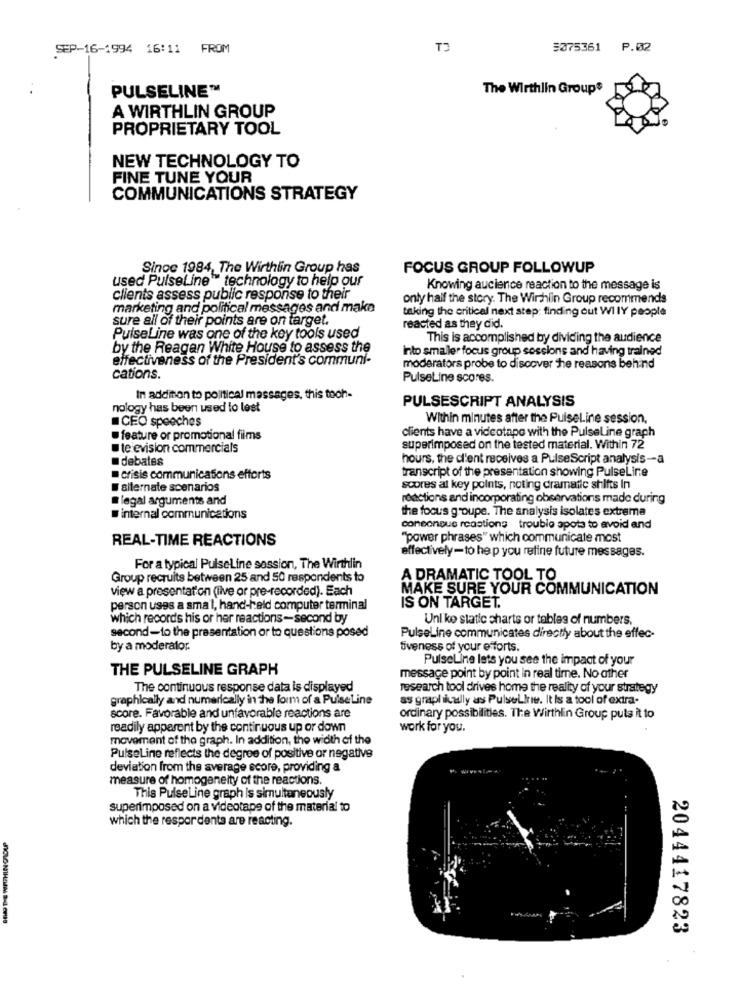
SEP-16-1994 16:11 FROM
5075361 P.02
PULSELINE™
The Wirthlin Group
A WIRTHLIN GROUP
PROPRIETARY TOOL
NEW TECHNOLOGY TO
FINE TUNE YOUR
COMMUNICATIONS STRATEGY
Sinoc 1984, The Wirthlin Group has
FOCUS GROUP FOLLOWUP
used PulseLine" technology to help our
Knowing aucience reaction to the message is
clients assess public response to their
only half the story. The Wirhlin Group recommends
marketing and political messages and make
sure all of their points are on target.
taking the critical next step: finding out WIIY people
reacted as they did.
PulseLine was one of the key tools used
This is accomplished by dividing the audience
by the Reagan White House to assess the
into smaller focus group sessions and having trained
effectiveness of the President's communi-
moderators probe to discover the reasons behind
cations.
PulseLine scores.
In addition to political massages, this tooh-
nology has been used to lest
PULSESCRIPT ANALYSIS
CEO speeches
Within minutes after the Puiseline session,
clients have a videotape with the PulseLine graph
feature or promotional films
television commercials
superimposed on the tested material. Within 72
debates
hours, the d'ent receives a PulseScript analysis-a
transcript of the presentation showing PulseLine
crisis communications efforts
alternate scenarios
scores at key points, noting dramatic shifts In
@legal arguments and
rodctions and incorporating observations made during
the focus groupe. The analysis isolates extrema
internal communications
consonque rcastions trouble spots to avoid and
REAL-TIME REACTIONS
"power phrases" which communicate most
effectively-to hep you refine future messages.
For a typical PulseLine session, The Wirthlin
Group recruits between 25 and 50 respondents to
A DRAMATIC TOOL TO
view a presentation (live or pre-recorded). Each
MAKE SURE YOUR COMMUNICATION
person uses a smal, hand-held computer terminal
IS ON TARGET.
which records his or her reactions-second by
Unlike static charts or tables of numbers.
second-to the presentation or to questions posed
PulseLine communicates directly about the effec-
by a moderator.
tiveness of your efforts.
PulseLine lets you see the impact of your
THE PULSELINE GRAPH
message point by point In real time. No other
The continuous response data is displayed
research tool drives home the reality of your strategy
graphically and numerically in the form of a PulseLine
as graphically as PulseLine. It Is a tool of extra-
score. Favorable and unfavorable reactions are
ordinary possibilities. The Wirthlin Group puts it to
readily apparent by the continuous up or down
work for you.
movement of the graph. In addition, the width of the
PulseLine reflects the degree of positive or negative
deviation from the average score, providing a
measure of homogeneity of the reactions.
This PulseLine graph is simultaneously
superimposed on a videotape of the material to
which the respordents are reacting.
2044417823